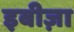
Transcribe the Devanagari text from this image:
इबीज़ा